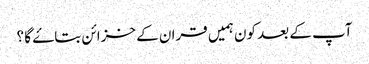
آپ کے بعد کون ہمیں قران کے خزائن بتاۓ گا ؟